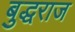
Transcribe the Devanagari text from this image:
बुद्धराज